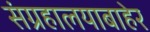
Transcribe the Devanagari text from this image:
संग्रहालयाबाहेर